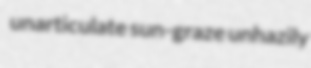
unarticulate sun-graze unhazily